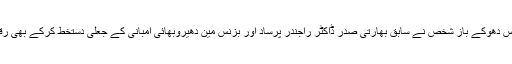
حتیٰ کہ اس دھوکے باز شخص نے سابق بھارتی صدر ڈاکٹر راجندر پرساد اور بزنس مین دھیروبھائی امبانی کے جعلی دستخط کرکے بھی رقم ہتھیائی۔